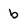
Character: b